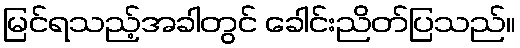
မြင်ရသည့်အခါတွင် ခေါင်းညိတ်ပြသည်။